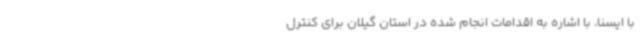
با ایسنا، با اشاره به اقدامات انجام شده در استان گیلان برای کنترل